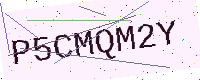
Text: P5CMQM2Y